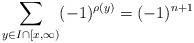
LaTeX: \begin{align*}\sum_{y\in I \cap [x, \infty)} (-1)^{\rho(y)} = (-1)^{n+1} \end{align*}